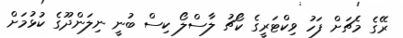
ރޭގެ މެޗަށް ފަހު ވިކްޓަރީގެ ކޯޗު ލާސްލޯ ކިސް ބުނީ ނިލަންދޫގެ ކުޅުމަށް